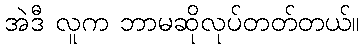
အဲဒီ လူက ဘာမဆိုလုပ်တတ်တယ်။